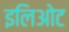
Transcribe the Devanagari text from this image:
इलिओट